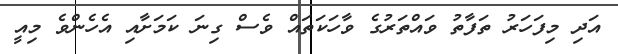
އަދި މިފަހަރު ތަފާތު ވައްތަރުގެ ވާހަކަތައް ވެސް ގިނަ ކަމަށާއި އެހެންވެ މިއީ